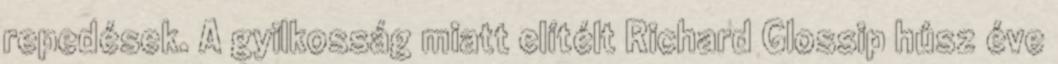
repedések. A gyilkosság miatt elítélt Richard Glossip húsz éve